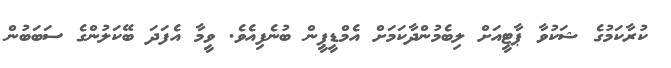
ކުރާކަމުގެ ޝަކުވާ ޕާޓީއަށް ލިބެމުންދާކަމަށް އެމްޑީޕީން ބުނެފިއެވެ. ވީމާ އެފަދަ ބޭކަލުންގެ ސަބަބުން